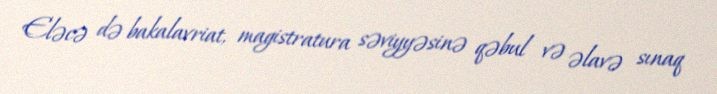
Eləcə də bakalavriat, magistratura səviyyəsinə qəbul və əlavə sınaq